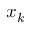
x _ { k }